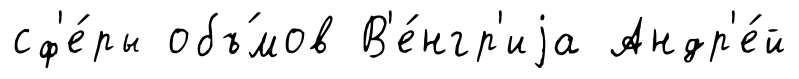
сф'е́ры объ́мов В'е́нгр'иjа Андр'е́й